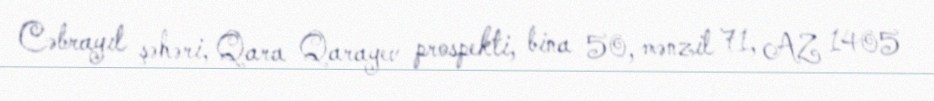
Cəbrayıl şəhəri, Qara Qarayev prospekti, bina 50, mənzil 71, AZ 1405